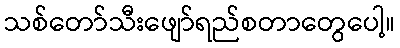
သစ်တော်သီးဖျော်ရည်စတာတွေပေါ့။